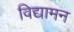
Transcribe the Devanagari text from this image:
विद्यामन